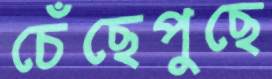
চেঁছেপুছে